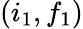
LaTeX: (i_{1},f_{1})